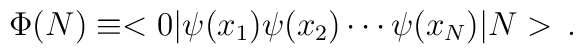
\Phi(N)\equiv<0\vert\psi(x_1)\psi(x_2)\cdots\psi(x_N)\vert N>\,.